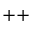
{ + + }